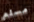
مسلم